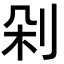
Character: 剁